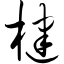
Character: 楗